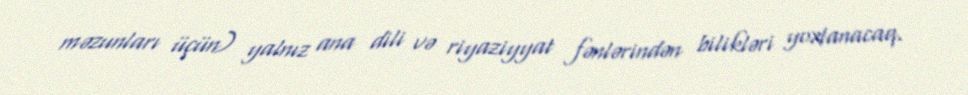
məzunları üçün) yalnız ana dili və riyaziyyat fənlərindən bilikləri yoxlanacaq.